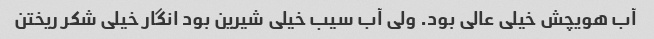
آب هویچش خیلی عالی بود. ولی آب سیب خیلی شیرین بود انگار خیلی شکر ریختن